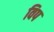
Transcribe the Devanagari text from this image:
विप